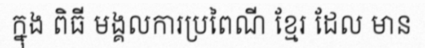
ក្នុង ពិធី មង្គលការប្រពៃណី ខ្មែរ ដែល មាន